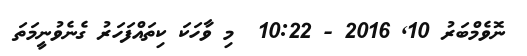
ނޮވެމްބަރު 10